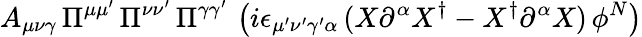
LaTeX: A_{\mu\nu\gamma}\, \Pi^{\mu\mu^{\prime}}\, \Pi^{\nu\nu^{\prime}}\, \Pi^{\gamma\gamma^{\prime}}\, \left(i\epsilon_{\mu^{\prime}\nu^{\prime}\gamma^{\prime}\alpha}\, (X\partial^{\alpha}X^{\dagger}-X^{\dagger}\partial^{\alpha}X)\, \phi^{N}\right)